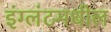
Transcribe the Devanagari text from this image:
इंग्लंटमधील